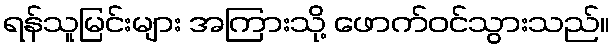
ရန်သူမြင်းများ အကြားသို့ ဖောက်ဝင်သွားသည်။